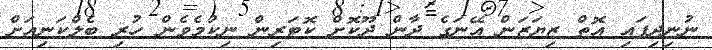
ނުނިދިފައި އޮތް ޒިޔަޒަން އޭނަގެ ދާން ދޫކޮށް ކޮޓަރިން ނިކުމެވެން ހުރި ބެލްކަނިއަށް